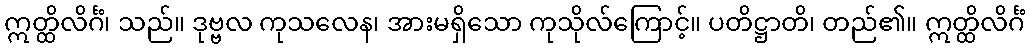
ဣတ္ထိလိင်္ဂံ၊ သည်။ ဒုဗ္ဗလ ကုသလေန၊ အားမရှိသော ကုသိုလ်ကြောင့်။ ပတိဋ္ဌာတိ၊ တည်၏။ ဣတ္ထိလိင်္ဂံ